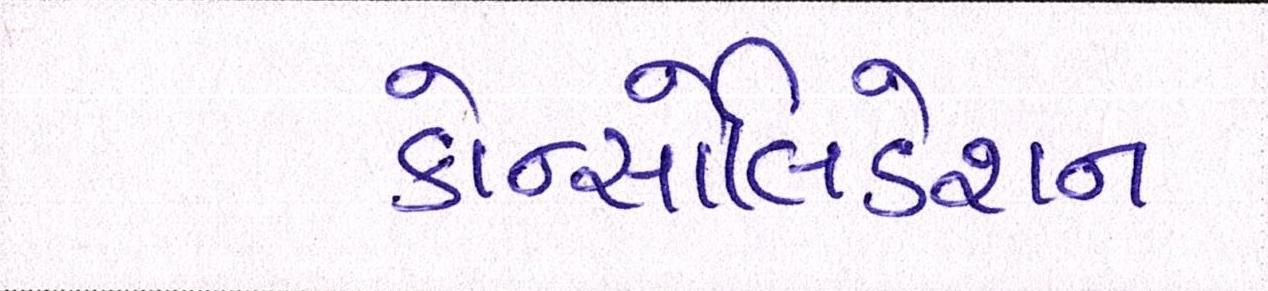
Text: કોન્સોલિડેશન